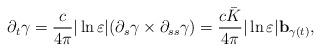
\begin{align*}\partial_t \gamma=\frac{c}{4\pi}|\ln\varepsilon|(\partial_s\gamma\times\partial_{ss}\gamma)=\frac{c\bar{K}}{4\pi}|\ln\varepsilon|\mathbf{b}_{\gamma(t)},\end{align*}